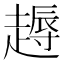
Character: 𧽘